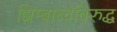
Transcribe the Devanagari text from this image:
झिम्बाब्वेविरुद्ध